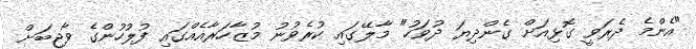
"އެންމެ ދެރަވީ ގޮޅިއަށް ގެންދިޔަ ދުވަހު" މާލޭގައި ކުރެވުނު މުޒާހަރާއެއްގައި ފުލުހުންގެ ވާޖިބަށް